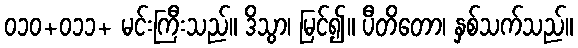
၀၁၀+၀၁၁+ မင်းကြီးသည်။ ဒိသွာ၊ မြင်၍။ ပီတိတော၊ နှစ်သက်သည်။